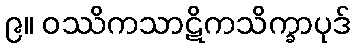
၉။ ဝဿိကသာဋိကသိက္ခာပုဒ်